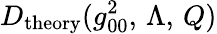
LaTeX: D_{\mathrm{theory}}(g_{00}^{2},\, \Lambda,\, Q)